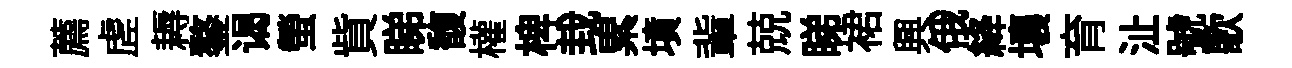
薦虗耨鏊谒螢貲睇馥權椑㘽累墳軰兢睇裙興俄絳壤育沚號歌